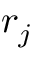
r _ { j }